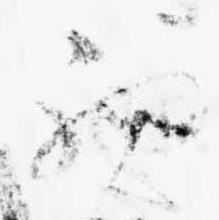
初